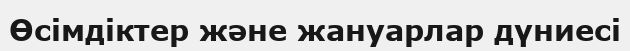
Өсімдіктер және жануарлар дүниесі